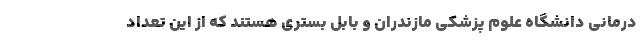
درمانی دانشگاه علوم پزشکی مازندران و بابل بستری هستند که از این تعداد